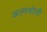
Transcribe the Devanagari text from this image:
अल्पमोली